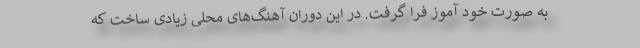
به صورت خود آموز فرا گرفت. در این دوران آهنگ‌های محلی زیادی ساخت که